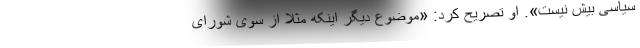
سیاسی بیش نیست». ‌او تصریح کرد: «موضوع دیگر اینکه مثلا از سوی شورای